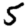
Digit: 5